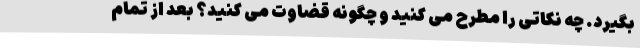
بگیرد. چه نکاتی را مطرح می کنید و چگونه قضاوت می کنید؟ بعد از تمام